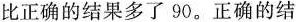
比正确的结果多了90。正确的结